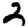
Digit: 2